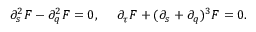
\partial _ { s } ^ { 2 } F - \partial _ { q } ^ { 2 } F = 0 , ~ ~ ~ ~ \partial _ { \tau } F + ( \partial _ { s } + \partial _ { q } ) ^ { 3 } F = 0 .